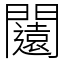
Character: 闧